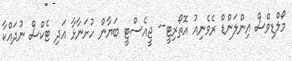
މޯލްޑިވްސް އިންލަންޑް ރެވެނިއު އޮތޯރިޓީ-- ޖީއެސްޓީ ބަޔާން ހުށަނާޅާ އަދި ޓެކްސް ނުދައްކާ